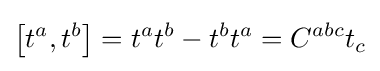
\left[t^{a},t^{b}\right]=t^{a}t^{b}-t^{b}t^{a}=C^{abc}t_{c}